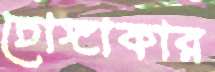
চোঙ্গাকার